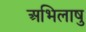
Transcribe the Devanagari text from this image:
अभिलाषु